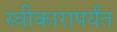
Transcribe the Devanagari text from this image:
स्वीकारापर्यंत